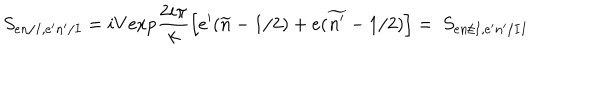
LaTeX: S _ { e n / I , e ^ { \prime } n ^ { \prime } / I } = i V \mathrm { e x p } \frac { 2 i \pi } { k } \left[ e ^ { \prime } ( \widetilde { n } - 1 / 2 ) + e ( \widetilde { n ^ { \prime } } - 1 / 2 ) \right] = \ S _ { e n / I , e ^ { \prime } n ^ { \prime } / I I }